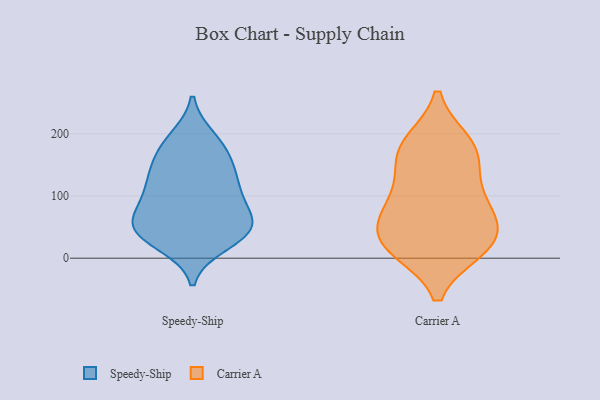
{"axis": {"x": "Shipments", "y": "Value"}, "legend": ["Carrier A", "Speedy-Ship"], "data": [{"x": "", "y": 169, "type": "Speedy-Ship"}, {"x": "", "y": 192, "type": "Speedy-Ship"}, {"x": "", "y": 100, "type": "Speedy-Ship"}, {"x": "", "y": 183, "type": "Speedy-Ship"}, {"x": "", "y": 57, "type": "Speedy-Ship"}, {"x": "", "y": 38, "type": "Speedy-Ship"}, {"x": "", "y": 47, "type": "Speedy-Ship"}, {"x": "", "y": 130, "type": "Speedy-Ship"}, {"x": "", "y": 131, "type": "Speedy-Ship"}, {"x": "", "y": 48, "type": "Speedy-Ship"}, {"x": "", "y": 98, "type": "Speedy-Ship"}, {"x": "", "y": 47, "type": "Speedy-Ship"}, {"x": "", "y": 50, "type": "Speedy-Ship"}, {"x": "", "y": 90, "type": "Speedy-Ship"}, {"x": "", "y": 24, "type": "Speedy-Ship"}, {"x": "", "y": 145, "type": "Speedy-Ship"}, {"x": "", "y": 160, "type": "Carrier A"}, {"x": "", "y": 184, "type": "Carrier A"}, {"x": "", "y": 15, "type": "Carrier A"}, {"x": "", "y": 96, "type": "Carrier A"}, {"x": "", "y": 16, "type": "Carrier A"}, {"x": "", "y": 185, "type": "Carrier A"}, {"x": "", "y": 108, "type": "Carrier A"}, {"x": "", "y": 163, "type": "Carrier A"}, {"x": "", "y": 17, "type": "Carrier A"}, {"x": "", "y": 34, "type": "Carrier A"}, {"x": "", "y": 72, "type": "Carrier A"}, {"x": "", "y": 68, "type": "Carrier A"}, {"x": "", "y": 41, "type": "Carrier A"}]}